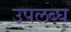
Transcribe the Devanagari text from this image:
उपलब्‍घ